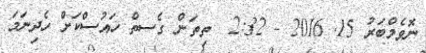
ނޮވެމްބަރު 15